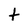
Character: t